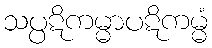
သပ္ပဋိကမ္မာပဋိကမ္မံ